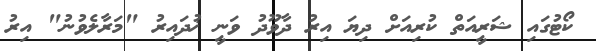
ކޯޓުގައި ޝަރީއަތް ކުރިއަށް ދިޔަ އިރު ދާވޫދު ވަނީ ޚުދައިރު "މަރާލެވުނު" އިރު